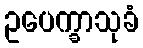
ဥပေက္ခာသုခံ